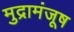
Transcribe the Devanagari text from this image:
मुद्रामंजूष